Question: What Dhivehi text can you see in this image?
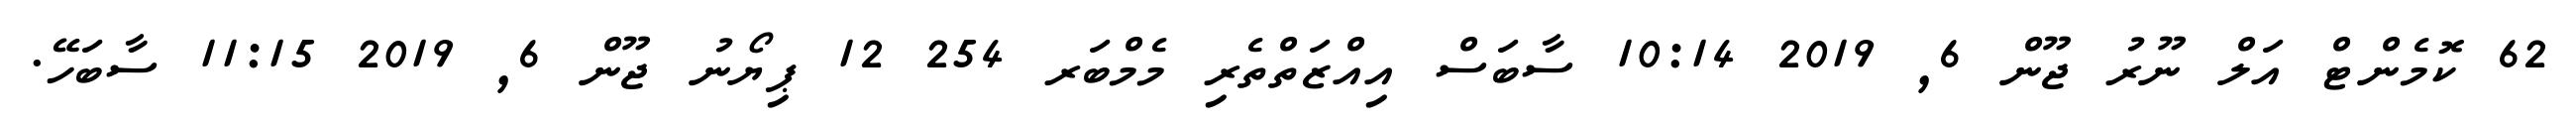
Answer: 62 ކޮމެންޓް އަލް ނޫރު ޖޫން 6, 2019 10:14 ސާބަސް އިއްޒަތްތެރި މެމްބަރ 254 12 ޕިޔޯނު ޖޫން 6, 2019 11:15 ސާބަހޭ.